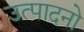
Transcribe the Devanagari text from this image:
उत्पादनो